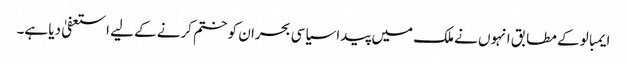
ایمبالو کے مطابق انہوں نے ملک میں پیدا سیاسی بحران کو ختم کرنے کے لیے استعفیٰ دیا ہے۔